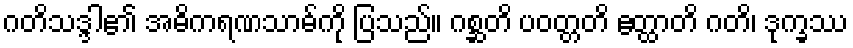
ဂတိသဒ္ဒါ၏ အဓိကရဏသာဓ်ကို ပြသည်။ ဂစ္ဆတိ ပဝတ္တတိ ဧတ္ထာတိ ဂတိ၊ ဒုက္ခဿ